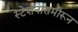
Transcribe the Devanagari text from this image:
स्टेशनासमोरून